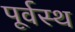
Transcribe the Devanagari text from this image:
पूर्वस्थ